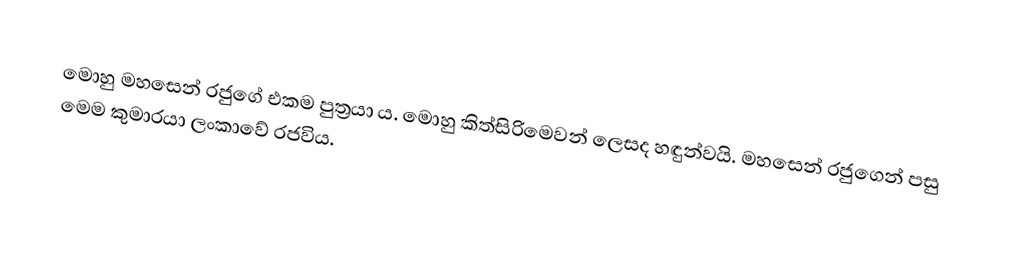
මොහු මහසෙන් රජුගේ එකම පුත්‍රයා ය. මොහු කිත්සිරිමෙවන් ලෙසද හඳුන්වයි. මහසෙන් රජුගෙන් පසු මෙම කුමාරයා ලංකාවේ රජවිය.